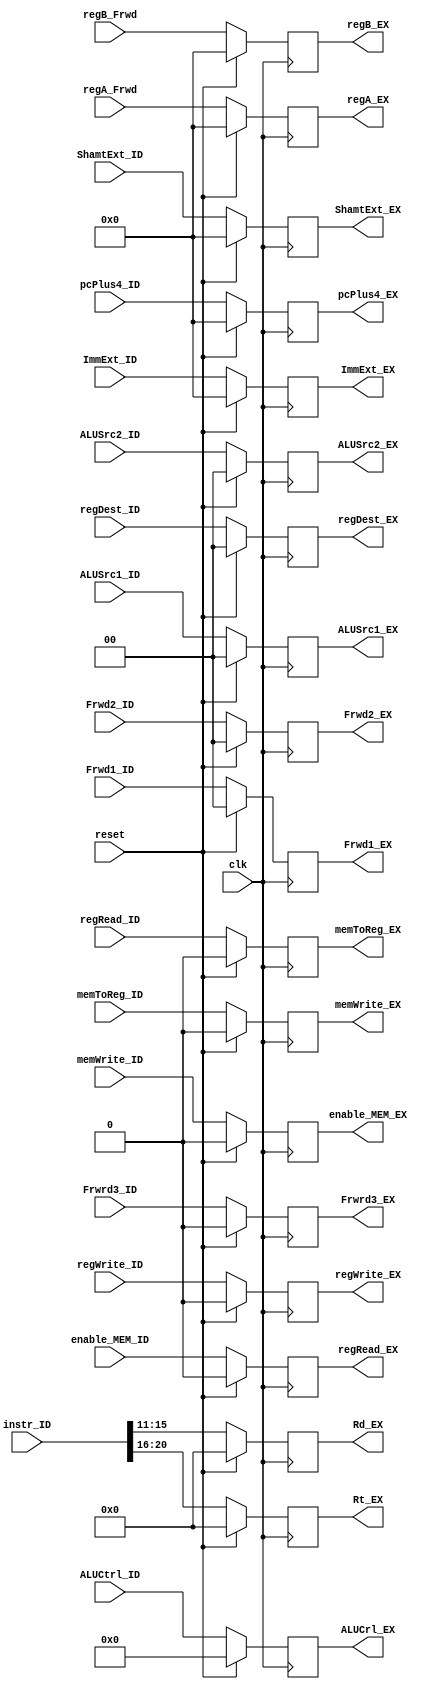
module ID_EX( //Huge...
    input clk,reset,
    input wire regWrite_ID,
    input wire enable_MEM_ID,
    input wire regRead_ID,
    input wire memToReg_ID,
    input wire memWrite_ID,
    input wire [3:0] ALUCtrl_ID,
    input wire [1:0] ALUSrc1_ID,
    input wire [1:0] ALUSrc2_ID,
    input wire [1:0] regDest_ID,
    input wire [31:0] regA_Frwd,
    input wire [31:0] regB_Frwd,
    input wire [31:0] ImmExt_ID,
    input wire [31:0] ShamtExt_ID,
    input wire [31:0] instr_ID,
    input wire [1:0] Frwd1_ID,
    input wire [1:0] Frwd2_ID,
    input wire Frwrd3_ID,
    input wire [31:0] pcPlus4_ID,

    output reg regWrite_EX,
    output reg regRead_EX,
    output reg memToReg_EX,
    output reg memWrite_EX,
    output reg enable_MEM_EX,
    output reg [3:0] ALUCrl_EX,
    output reg [1:0] ALUSrc1_EX,
	output reg [1:0] ALUSrc2_EX,
    output reg [1:0] regDest_EX,
    output reg [31:0] regA_EX,
    output reg [31:0] regB_EX,
    output reg [31:0] ImmExt_EX,
    output reg [31:0] ShamtExt_EX,
    output reg [4:0] Rt_EX,
    output reg [4:0] Rd_EX,
    output reg [1:0] Frwd1_EX,
    output reg [1:0] Frwd2_EX,
    output reg Frwrd3_EX,
    output reg [31:0] pcPlus4_EX

    
);

	always @(posedge clk) begin	// regs between ID and EXE
		if (reset) begin
			regWrite_EX <= 0;
			regRead_EX <= 0;
			memToReg_EX <= 0;
			memWrite_EX <= 0;
			enable_MEM_EX <= 0;
			ALUCrl_EX <= 0;
			ALUSrc1_EX <= 0;
			ALUSrc2_EX <= 0;
			regDest_EX <= 0;
			regA_EX <= 0;
			regB_EX <= 0;
			ImmExt_EX <= 0;
			Rd_EX <= 0;
			Frwd1_EX <= 0;
			Frwd2_EX <= 0;
			Frwrd3_EX <= 0;
			ShamtExt_EX <= 0;
			Rt_EX <= 0;
			pcPlus4_EX <= 0;
		end
		else begin
			regWrite_EX <= regWrite_ID;
			regRead_EX <= enable_MEM_ID;
			memToReg_EX <= regRead_ID;
			memWrite_EX <= memToReg_ID;
			enable_MEM_EX <= memWrite_ID;
			ALUCrl_EX <= ALUCtrl_ID;
			ALUSrc2_EX <= ALUSrc2_ID;
			regB_EX <= regB_Frwd;
			ImmExt_EX <= ImmExt_ID;
			ALUSrc1_EX <= ALUSrc1_ID;
			regDest_EX <= regDest_ID;
			regA_EX <= regA_Frwd;
			ShamtExt_EX <= ShamtExt_ID;
			Rt_EX <= instr_ID[20:16];
			Rd_EX <= instr_ID[15:11];
			Frwd1_EX <= Frwd1_ID;
			Frwd2_EX <= Frwd2_ID;
			Frwrd3_EX <= Frwrd3_ID;
			pcPlus4_EX <= pcPlus4_ID;
		end
	end

endmodule